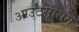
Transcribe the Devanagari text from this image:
आउटसोॄसग